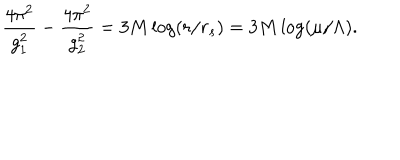
LaTeX: { \frac { 4 \pi ^ { 2 } } { g _ { 1 } ^ { 2 } } } - { \frac { 4 \pi ^ { 2 } } { g _ { 2 } ^ { 2 } } } = 3 M \log ( r / r _ { s } ) = 3 M \log ( \mu / \Lambda ) .